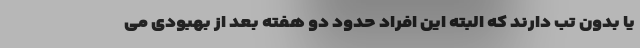
یا بدون تب دارند که البته این افراد حدود دو هفته بعد از بهبودی می